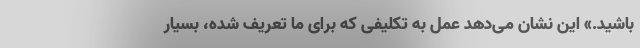
باشید.» این نشان می‌دهد عمل به تکلیفی که برای ما تعریف شده، بسیار